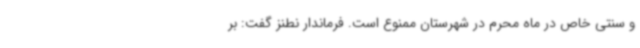
و سنتی خاص در ماه محرم در شهرستان ممنوع است. فرماندار نطنز گفت: بر